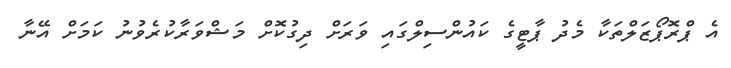
އެ ޕްރޮޕޯޒަލްތަކާ މެދު ޕާޓީގެ ކައުންސިލްގައި ވަރަށް ދިގުކޮށް މަޝްވަރާކުރެވުނު ކަމަށް އޭނާ